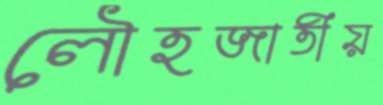
লৌহজাতীয়